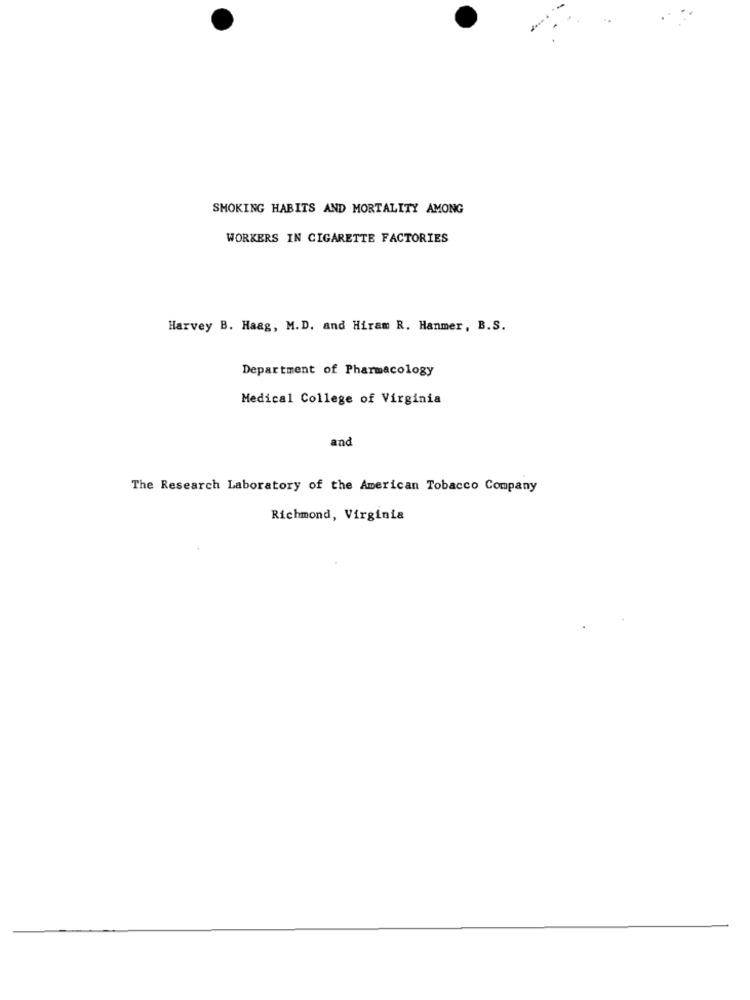
SMOKING HABITS AND MORTALITY AMONG
WORKERS IN CIGARETTE FACTORIES
Harvey B. Haag, M.D. and Hiram R. Hanmer, B.S.
Department of Pharmacology
Medical College of Virginia
and
The Research Laboratory of the American Tobacco Company
Richmond, Virginia